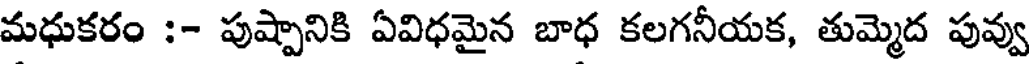
మధుకరం :- పుష్పానికి ఏవిధమైన బాధ కలగనీయక, తుమ్మెద పువ్వు